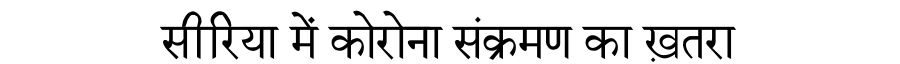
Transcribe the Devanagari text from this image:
सीरिया में कोरोना संक्रमण का ख़तरा